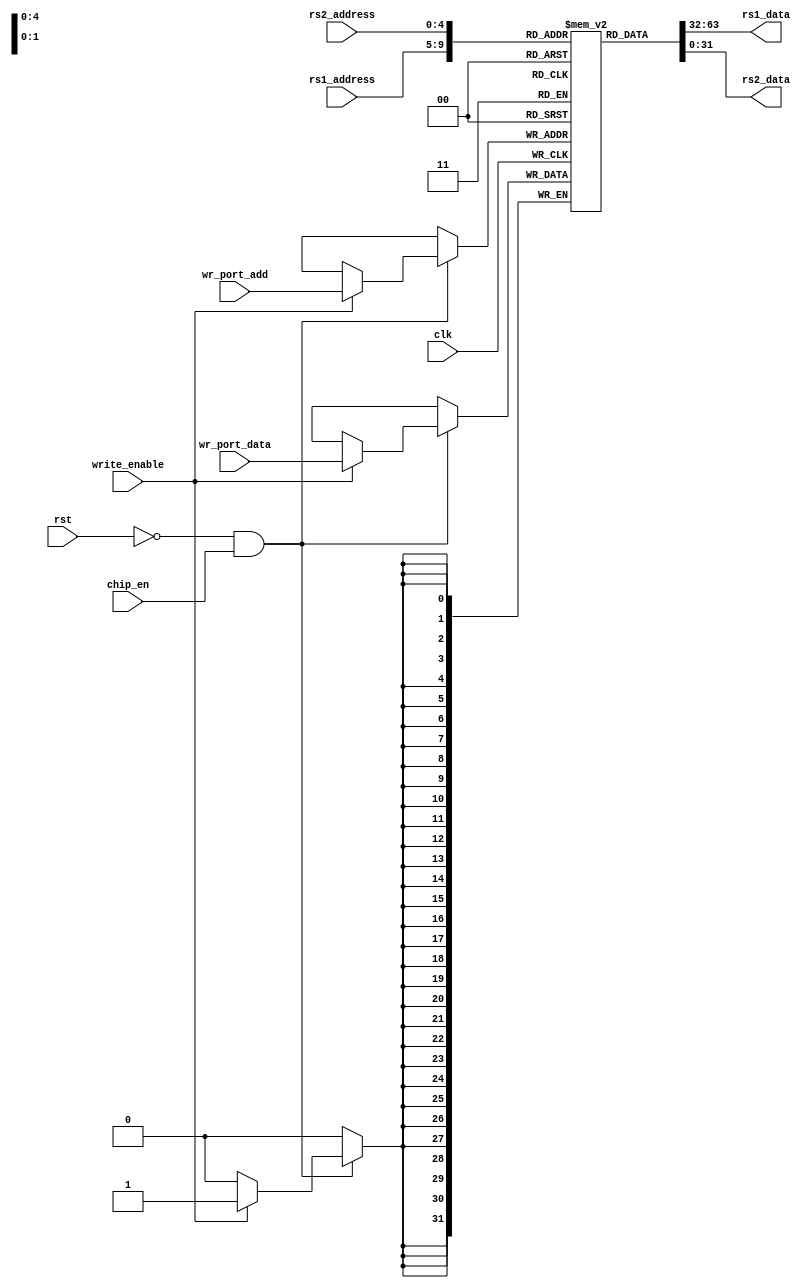
module regfile(
    /* Inputs  */
    input clk, rst , chip_en ,  // Clock & Reset 
    input write_enable,        // 1: write / 0: Read 

    // RD-Port-0: Read (Slave-Port)
    input [4:0]        rs1_address,  // Port0-Read address
    output wire [31:0] rs1_data,

    // RD-Port-1: Read (Slave-Port)
    input [4:0]        rs2_address,
    output wire [31:0] rs2_data,
    
    // WR-Port  Write  (Slave-Port)
    input [4:0]  wr_port_add,
    input [31:0] wr_port_data
    );

assign rs1_data = reg_mem[rs1_address];
assign rs2_data = reg_mem[rs2_address];

reg [31:0] reg_mem[0:31] ;

integer i = 0;

initial 
    begin
      for (i=0; i<32; i=i+1) reg_mem[i] = 0;
    end

always@ (posedge clk)
  begin
    if (!rst && chip_en)
      begin
        if (write_enable)
          reg_mem[wr_port_add] = wr_port_data;           
      end 
  end   

generate
  // Only for simulation expose the registers
  genvar idx;
  for(idx = 0; idx < 32; idx = idx+1) begin: register
    wire [31:0] tmp;
    assign tmp = reg_mem[idx];
  end
endgenerate

endmodule